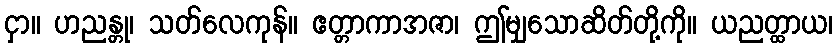
ငှာ။ ဟညန္တု၊ သတ်လေကုန်။ ဧတ္တာကာအဇာ၊ ဤမျှသောဆိတ်တို့ကို။ ယညတ္ထာယ၊